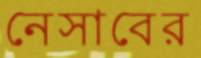
নেসাবের